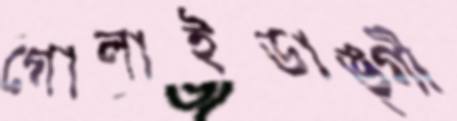
গোলাইডাঙ্গী